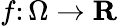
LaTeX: f\colon\Omega\rightarrow\mathbf{R}